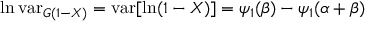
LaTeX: \ln \operatorname { v a r } _ { G ( 1 - X ) } = \operatorname { v a r } [ \ln ( 1 - X ) ] = \psi _ { 1 } ( \beta ) - \psi _ { 1 } ( \alpha + \beta )